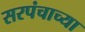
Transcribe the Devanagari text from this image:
सरपंचाच्या